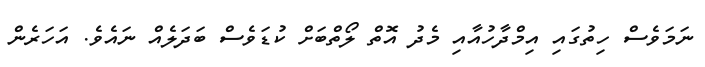
ނަމަވެސް ހިތުގައި އިމްދާހުއާއި މެދު އޮތް ލޯތްބަށް ކުޑަވެސް ބަދަލެއް ނައެވެ. އަހަރެން